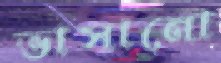
ভাসানো